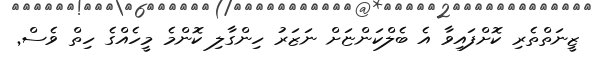
ޒީނަތްތެރި ކޮށްފައިވާ އެ ބެލްކަންޏަށް ނަޒަރު ހިންގާލި ކޮންމެ މީހެއްގެ ހިތް ވެސް